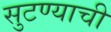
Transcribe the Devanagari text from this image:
सुटण्याची